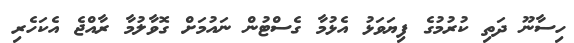
ހިސާނޫ ދަތި ކުރުމުގެ ފިޔަވަޅު އެޅުމާ ގެސްޓުން ނައުމަށް ގޮވާލުމާ ރާއްޖެ އެކަހެރި